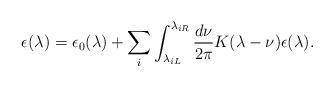
LaTeX: \begin{align*} \epsilon(\lambda) = \epsilon_0(\lambda) +\sum_i\int_{\lambda_{iL}}^{\lambda_{iR}} \frac{d\nu}{2\pi}K(\lambda-\nu) \epsilon(\lambda).\end{align*}